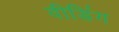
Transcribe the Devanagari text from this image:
वीडिंग